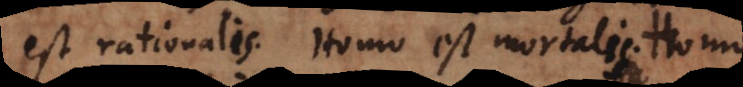
est rationalis. Homo est mortalis. Homo